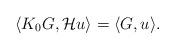
LaTeX: \begin{align*} \langle K_0G, \mathcal{H}u \rangle = \langle G, u\rangle. \end{align*}